Report on vaccination North-West Frontier Province 1904-1922 - 1904-1922
Year: 1904
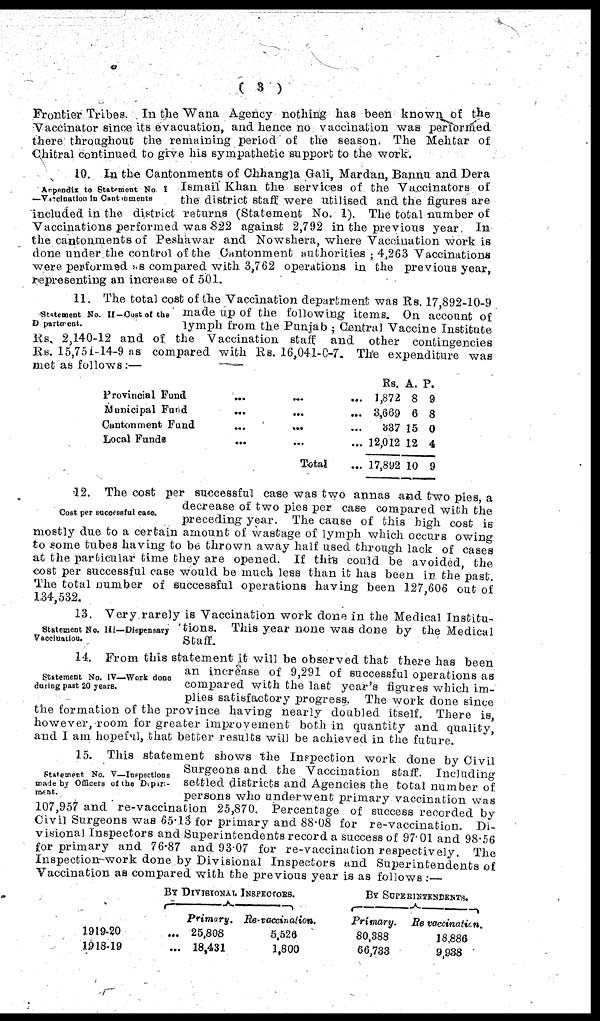
( 3 )
Frontier Tribes. In the Wana Agency nothing has been known of the
Vaccinator since its evacuation, and hence no vaccination was performed
there throughout the remaining period of the season. The Mehtar of
Chitral continued to give his sympathetic support to the work.
Appendix to Statement No. I
—Vacination in Cantonments.
10. In the Cantonments of Chhangla Gali, Mardan, Bannu and Dera
Ismail Khan the services of the Vaccinators of
the district staff were utilised and the figures are
included in the district returns (Statement No. 1). The total number of
Vaccinations performed was 822 against 2,792 in the previous year. In
the cantonments of Peshawar and Nowshera, where Vaccination work is
done under the control of the Cantonment authorities; 4,263 Vaccinations
were performed as compared with 3,762 operations in the previous year,
representing an increase of 501.
Statement No. II—Cost of the
Department.
11. The total cost of the Vaccination department was Rs. 17,892-10-9
made up of the following items. On account of
lymph from the Punjab; Central Vaccine Institute
Rs. 2,140-12 and of the Vaccination staff and other contingencies
Rs. 15,751-14-9 as compared with Rs. 16,041-0-7. The expenditure was
met as follows :—
Provincial Fund
...
...
...
Municipal Fund
...
...
...
Cantonment Fund ... ... ...
Local Funds ... ... ...
Total ...
Rs.
1,872
3,669
337
12,012
17,892
A.
8
6
15
12
10
P.
9
8
0
4
9
Cost per successful case.
12. The cost per successful case was two annas and two pies, a
decrease of two pies per case compared with the
preceding year. The cause of this high cost is
mostly due to a certain amount of wastage of lymph which occurs owing
to some tubes having to be thrown away half used through lack of cases
at the particular time they are opened. If this could be avoided, the
cost per successful case would be much less than it has been in the past.
The total number of successful operations having been 127,606 out of
134,532.
Statement No. III—Dispensary
Vaccination.
13. Very rarely is Vaccination work done in the Medical Institu-
tions. This year none was done by the Medical
Staff.
Statement No. IV—Work done
during past 20 years.
14. From this statement it will be observed that there has been
an increase of 9,291 of successful operations as
compared with the last year's figures which im-
plies satisfactory progress. The work done since
the formation of the province having nearly doubled itself. There is,
however, room for greater improvement both in quantity and quality,
and I am hopeful, that better results will be achieved in the future.
Statement No. V—Inspections
made by Officers of the Depart¬
ment.
15. This statement shows the Inspection work done by Civil
Surgeons and the Vaccination staff. Including
settled districts and Agencies the total number of
persons who underwent primary vaccination was
107,957 and re-vaccination 25,870. Percentage of success recorded by
Civil Surgeons was 65.13 for primary and 88.08 for re-vaccination. Di-
visional Inspectors and Superintendents record a success of 97.01 and 98.56
for primary and 76.87 and 93.07 for re-vaccination respectively. The
Inspection-work done by Divisional Inspectors and Superintendents of
Vaccination as compared with the previous year is as follows :—
1919-20 ...
1918-19 ...
BY DIVISIONAL INSPECTORS.
Primary.
25,808
18,431
Re-vaccination.
5,526
1,800
BY SUPERINTENDENTS.
Primary.
80,388
56,733
Re-vaccination.
18,886
9,938